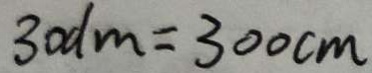
3 0 d m = 3 0 0 c m